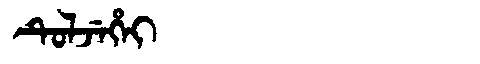
Manchu: ᡨᡠᠯᠵᡝᡥᡝᡳ
Romanization: TULJEHEI